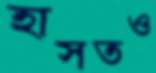
হাসতও